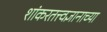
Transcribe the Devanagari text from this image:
शांकरतत्त्वज्ञानाच्या